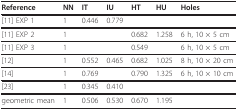
<table><thead><tr><td><b>Reference</b></td><td><b>NN</b></td><td><b>IT</b></td><td><b>IU</b></td><td><b>HT</b></td><td><b>HU</b></td><td><b>Holes</b></td></tr></thead><tbody><tr><td>[11] EXP 1</td><td>1</td><td>0.446</td><td>0.779</td><td></td><td></td><td></td></tr><tr><td>[11] EXP 2</td><td>1</td><td></td><td></td><td>0.682</td><td>1.258</td><td>6 h, 10 × 5 cm</td></tr><tr><td>[11] EXP 3</td><td>1</td><td></td><td></td><td>0.549</td><td></td><td>6 h, 10 × 5 cm</td></tr><tr><td>[12]</td><td>1</td><td>0.552</td><td>0.465</td><td>0.682</td><td>1.025</td><td>8 h, 10 × 20 cm</td></tr><tr><td>[14]</td><td>1</td><td>0.769</td><td></td><td>0.790</td><td>1.325</td><td>6 h, 10 × 10 cm</td></tr><tr><td>[23]</td><td>1</td><td>0.345</td><td>0.410</td><td></td><td></td><td></td></tr><tr><td>geometric mean</td><td>1</td><td>0.506</td><td>0.530</td><td>0.670</td><td>1.195</td><td></td></tr></tbody></table>